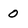
Character: 0